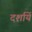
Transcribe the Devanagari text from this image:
दर्शायें